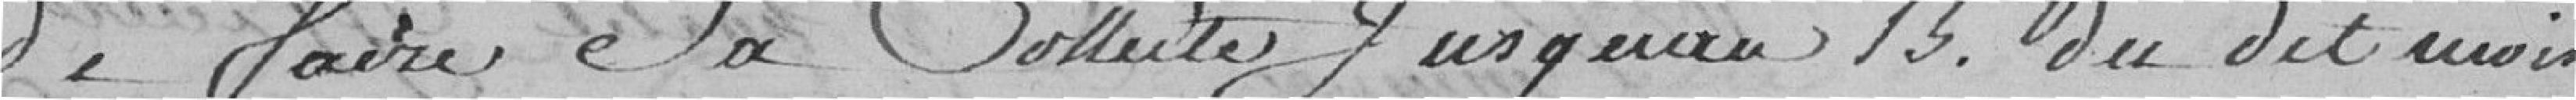
de faire à la collecte jusqu'au 13 du dit mois